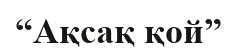
“Ақсақ қой”